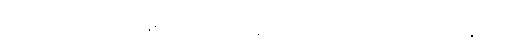
ဟာ လွန်ခဲ့တဲ့ ၂၀၁၆ ခုနှစ်တုန်းက မြန်မာနိုင်ငံကို ပထမဆုံး ဆိုတဲ့ ဆောင်ပုဒ်နှင့်အတူ